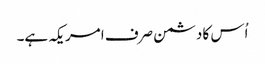
اُس کا دشمن صرف امریکہ ہے۔